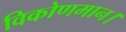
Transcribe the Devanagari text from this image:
विकोणमान।